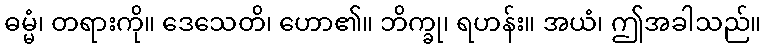
ဓမ္မံ၊ တရားကို။ ဒေသေတိ၊ ဟော၏။ ဘိက္ခု၊ ရဟန်း။ အယံ၊ ဤအခါသည်။